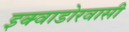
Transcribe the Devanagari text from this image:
इक्वाडोरवासी